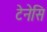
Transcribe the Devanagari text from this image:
टेनेसि